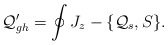
\begin{align*}{\cal Q}^\prime_{gh}=\oint J_z-\{{\cal Q}_s,S\}.\end{align*}